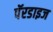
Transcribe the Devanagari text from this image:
पॅरडाइज